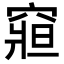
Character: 𥧍